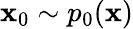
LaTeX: \mathbf{x}_{0}\sim p_{0}(\mathbf{x})